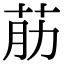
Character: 荕